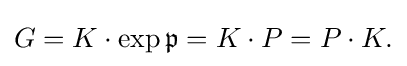
\displaystyle {G=K\cdot \exp {\mathfrak {p}}=K\cdot P=P\cdot K.}